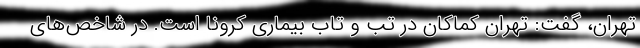
تهران، گفت: تهران کماکان در تب و تاب بیماری کرونا است. در شاخص‌های